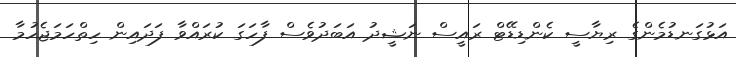
އަޅުގަނޑުމެންގެ ރިޔާސީ ކެންޑިޑޭޓް ރައީސް ނަޝީދު އަބަދުވެސް ފާހަގަ ކުރައްވާ ފަދައިން ހިތްހަމަޖެހުމާ